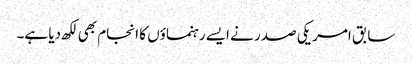
سابق امریکی صدر نے ایسے رہنماؤں کا انجام بھی لکھ دیا ہے۔